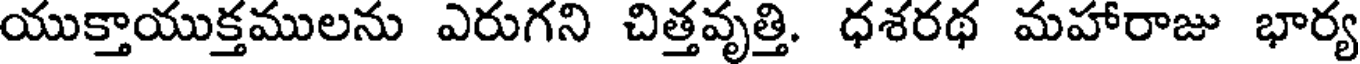
యుక్తాయుక్తములను ఎరుగని చిత్తవృత్తి. ధశరథ మహారాజు భార్య